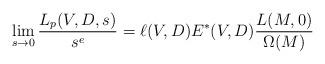
LaTeX: \begin{align*}\lim_{s \rightarrow 0} \frac{L_p(V,D,s)}{s^e } = \ell(V,D) E^*(V,D) \frac{L(M,0)}{\Omega(M)}\end{align*}